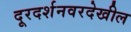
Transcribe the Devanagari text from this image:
दूरदर्शनवरदेखील